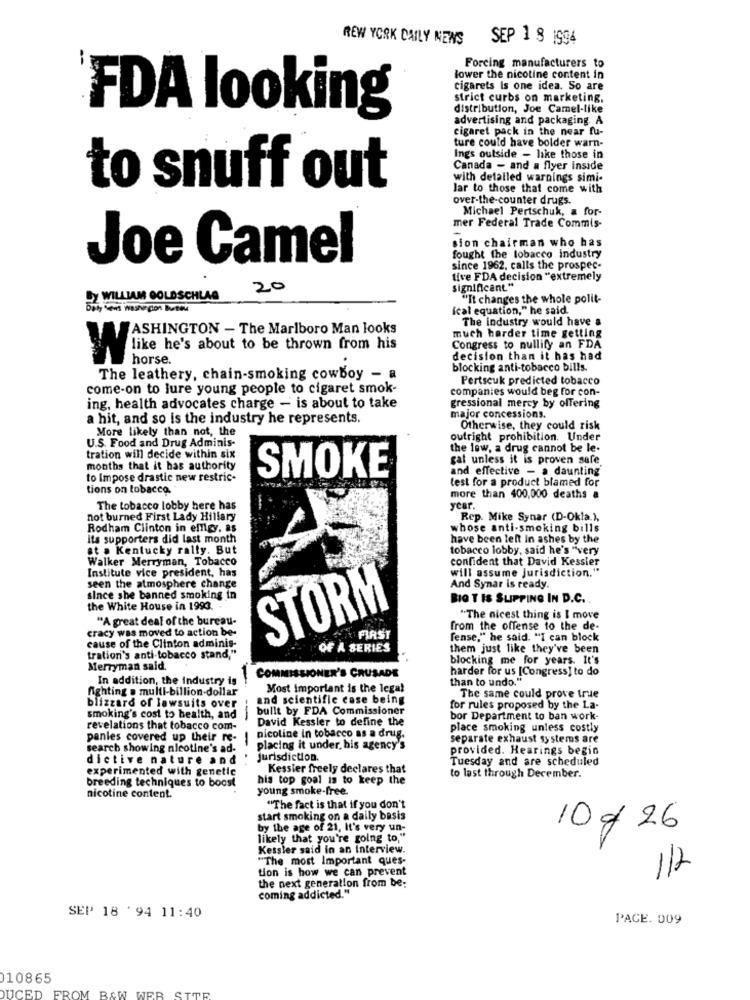
REW YORK DAILY NEWS
SEP 1 8 1994
Forcing manufacturers to
lower the nicotine content in
cigarets Is one idea. So are
strict curbs on marketing.
distribution, Joe Camel-like
'FDA looking
advertising and packaging A
cigaret pack in the near fu-
ture could have bolder warn-
Ings outside - like those in
Canada - and a flyer Inside
with detailed warnings simi-
to snuff out
lar to those that come with
over-the-counter drugs.
Michael Pertschuk, a for-
mer Federal Trade Commis-
sion chairman who has
Joe Camel
fought the tobacco industry
since 1962. calls the prospec-
tive FDA decision "extremely
20
significant"
DY WILLIAM GOLDSCHLAG
"It changes the whole polit-
ical equation," he said.
The industry would have a
WASHINGTON - The Marlboro Man looks
much harder time getting
Congress to nullify an FDA
like he's about to be thrown from his
horse .
decision than it has had
blocking anti-tobacco bills.
The leathery, chain-smoking cowboy - a
Pertscuk predicted tobacco
come-on to lure young people to cigaret smok-
companies would beg for con-
ing, health advocates charge - is about to take
gressional mercy by offering
a hit, and so is the industry he represents.
major concessions.
More likely than not, the
Otherwise, they could risk
U.S. Food and Drug Adminis-
outright prohibition. Under
the low, a drug cannot be le-
tration will decide within six
gat unless it is proven safe.
months that it has authority
SMOKE
and effective - a daunting
to Impose drastic new restric-
test for a product blamed for
tions on tobacco.
more than 400,000 deaths a
The tobacco lobby here has
year.
not burned First Lady Hillary
Rep. Mike Synar (D-Okla.),
Rodham Clinton in elligy, as
whose anti-smoking bills
its supporters did last month
have been left In ashes by the
st . Kentucky rally. But
tobacco lobby, said he's "very
Walker Merryman, Tobacco
confident that David Kessler
Institute vice president, has
will assume jurisdiction."
seen the atmosphere change
And Synar is ready.
since she banned smoking in
BIO T IS SLIPPING IN D.C.
the White House in 1993.
STORM
"A great deal of the bureau-
"The nicest thing is I move
cracy was moved to action be-
from the offense to the de-
FIRST
fense," he said. "I can block
cause of the Clinton adminis-
OF A SERIES
them just like they've been
tration's anti-tobacco stand,"
blocking me for years. It's
Merryman said.
harder for us [Congress] to do
In addition, the Industry is
COMMISSIONER'S CRUSADE
than to undo."
fighting . multi-billion-dollar
Most important is the legal
and scientific case being
The same could prove true
blizzard of lawsuits over
bullt by FDA Commissioner
for rules proposed by the La-
smoking's cost to health, and
David Kessler to define the
-
bor Department to ban work-
revelations that tobacco com-
place smoking unless costly
panles covered up their re-
1
nicoline in tobacco as a drug.
separate exhaust systems are
search showing nicotine's ad-
placing it under, his agency's
provided. Hearings begin
dictive nature and
Jurisdiction.
Tuesday and are scheduled
experimented with genetic
Kessier freely declares that
breeding techniques to boost
his top goal is to keep the
to last through December.
young smoke-free.
nicotine content.
"The fact is that if you don't
start smoking on a daily basis
by the age of 21, It's very un-
10 g 26
likely that you're going to."
Kessler said in an interview.
"The most Important ques-
tion is how we can prevent
1/2
the next generation from be;
coming addicted."
SEP 18 '94 11:40
PACE. 009
010865
DUCED FROM B&W WER